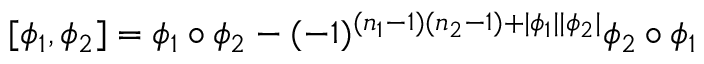
[ \phi _ { 1 } , \phi _ { 2 } ] = \phi _ { 1 } \circ \phi _ { 2 } - ( - 1 ) ^ { ( n _ { 1 } - 1 ) ( n _ { 2 } - 1 ) + | \phi _ { 1 } | | \phi _ { 2 } | } \phi _ { 2 } \circ \phi _ { 1 }